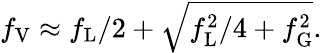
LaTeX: f_{\mathrm{V}}\approx f_{\mathrm{L}}/2+{\sqrt{f_{\mathrm{L}}^{2}/4+f_{\mathrm{G}}^{2}}}.